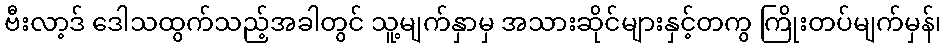
ဗီးလာ့ဒ် ဒေါသထွက်သည့်အခါတွင် သူ့မျက်နှာမှ အသားဆိုင်များနှင့်တကွ ကြိုးတပ်မျက်မှန်၊